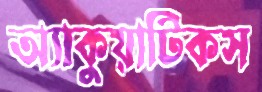
অ্যাকুয়াটিকস